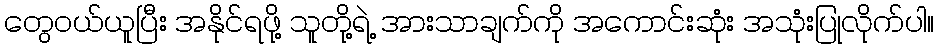
တွေ၀ယ်ယူပြီး အနိုင်ရဖို့ သူတို့ရဲ့ အားသာချက်ကို အကောင်းဆုံး အသုံးပြုလိုက်ပါ။